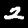
Digit: 2